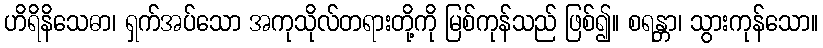
ဟိရိနိသေဓာ၊ ရှက်အပ်သော အကုသိုလ်တရားတို့ကို မြစ်ကုန်သည် ဖြစ်၍။ စရန္တာ၊ သွားကုန်သော။